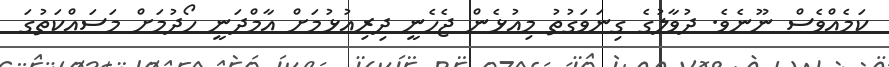
ކަމެއްވެސް ނޫނެވެ. ދުވާލުގެ ގިނަވަގުތު މިއުޅެން ޖެހެނީ ދިރިއުޅުމަށް އާމްދަނީ ހޯދުމަށް މަސައްކަތުގަ